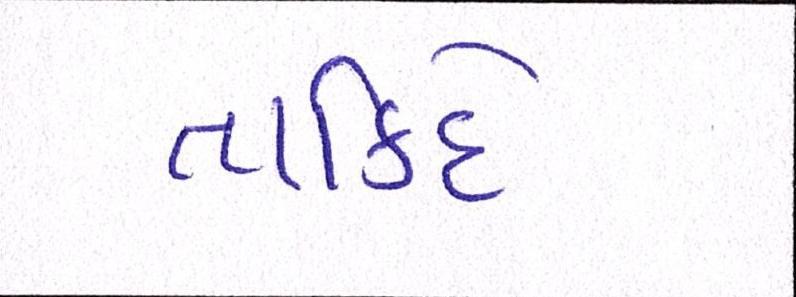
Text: તાકિદે